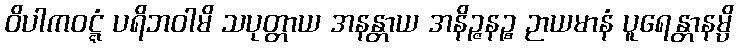
ဝိပါကဝဋ္ဋံ ပရိဘဝါမိ သပုတ္တာယ အနန္တာယ အနိဉ္ဇနဉ္စ ဉာယမာနံ ပူရေန္တာနမ္ပိ